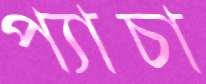
প্যাচা